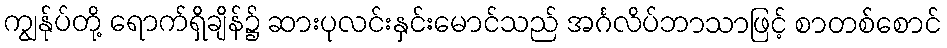
ကျွန်ုပ်တို့ ရောက်ရှိချိန်၌ ဆားပုလင်းနှင်းမောင်သည် အင်္ဂလိပ်ဘာသာဖြင့် စာတစ်စောင်